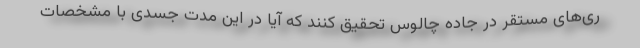
ری‌های مستقر در جاده چالوس تحقیق کنند که آیا در این مدت جسدی با مشخصات